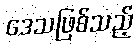
ဒေသဖြစ်သည့်